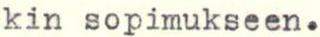
kin sopimukseen.